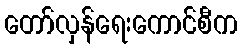
တော်လှန်ရေးကောင်စီက